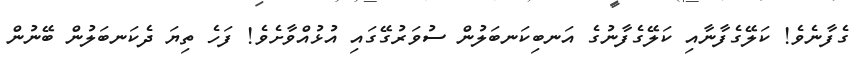
ގެފާނެވެ! ކަލޭގެފާނާއި ކަލޭގެފާނުގެ އަނބިކަނބަލުން ސުވަރުގޭގައި އުޅުއްވާށެވެ! ފަހެ ތިޔަ ދެކަނބަލުން ބޭނުން